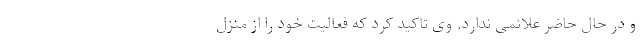
و در حال حاضر علائمی ندارد. وی تاکید کرد که فعالیت خود را از منزل